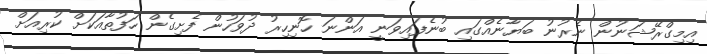
އިމިގްރޭޝަނުން ނެރުނު ބަޔާނެއްގައި ބުނެފައިވަނީ އަންނަ ހޮނިހިރު ދުވަހުން ފެށިގެން ހަފުތާއަކަށް ކުރިއަށް